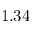
1 . 3 4